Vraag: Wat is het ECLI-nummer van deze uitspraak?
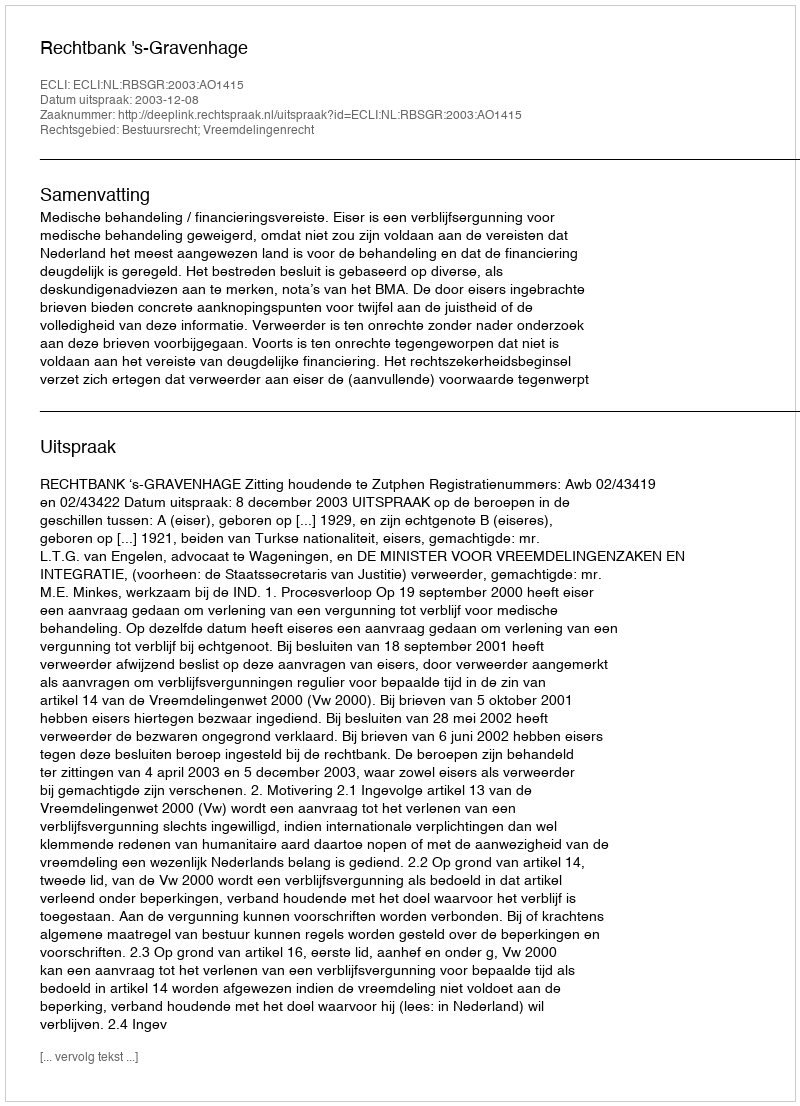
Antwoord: ECLI:NL:RBSGR:2003:AO1415